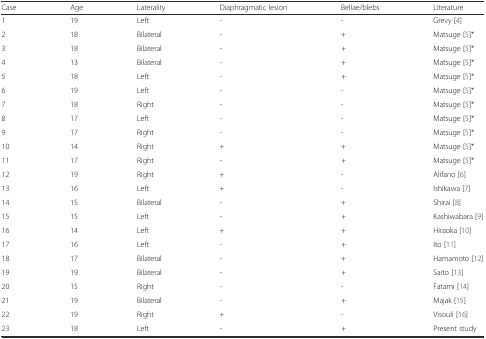
| Case | Age | Laterality | Diaphragmatic lesion | Bellae/blebs | Literature |
 | --- | --- | --- | --- | --- | --- |
 | 1 | 19 | Left | - | - | Grevy [4] |
 | 2 | 18 | Bilateral | - | + | Matsuge [5]* |
 | 3 | 18 | Bilateral | - | + | Matsuge [5]* |
 | 4 | 13 | Bilateral | - | + | Matsuge [5]* |
 | 5 | 18 | Left | - | + | Matsuge [5]* |
 | 6 | 19 | Left | - | - | Matsuge [5]* |
 | 7 | 18 | Right | - | - | Matsuge [5]* |
 | 8 | 17 | Left | - | - | Matsuge [5]* |
 | 9 | 17 | Right | - | - | Matsuge [5]* |
 | 10 | 14 | Right | + | + | Matsuge [5]* |
 | 11 | 17 | Right | - | + | Matsuge [5]* |
 | 12 | 19 | Right | + | - | Alifano [6] |
 | 13 | 16 | Left | + | - | Ishikawa [7] |
 | 14 | 15 | Bilateral | - | + | Shirai [8] |
 | 15 | 15 | Left | - | + | Kashiwabara [9] |
 | 16 | 14 | Left | + | + | Hiraoka [10] |
 | 17 | 16 | Left | - | + | Ito [11] |
 | 18 | 17 | Bilateral | - | + | Hamamoto [12] |
 | 19 | 19 | Bilateral | - | + | Saito [13] |
 | 20 | 15 | Right | - | - | Fatami [14] |
 | 21 | 19 | Bilateral | - | + | Majak [15] |
 | 22 | 19 | Right | + | - | Visouli [16] |
 | 23 | 18 | Left | - | + | Present study |